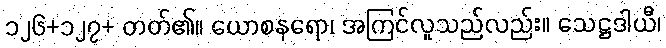
၁၂၆+၁၂၇+ တတ်၏။ ယောစနရော၊ အကြင်လူသည်လည်း။ သေဋ္ဌဒါယီ၊